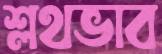
শ্লথভাব